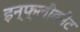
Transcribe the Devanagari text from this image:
इन्फ्लीबनैट